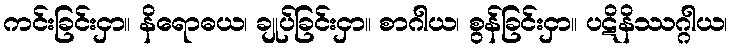
ကင်းခြင်းငှာ။ နိရောဓယ၊ ချုပ်ခြင်းငှာ။ စာဂါယ၊ စွန်ခြင်းငှာ။ ပဋိနိဿဂ္ဂါယ၊